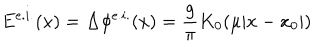
LaTeX: E ^ { e . i . } ( x ) = \Delta \phi ^ { e . i . } ( x ) = \frac { g } { \pi } K _ { 0 } ( \mu | x - x _ { 0 } | )